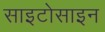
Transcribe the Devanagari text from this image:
साइटोसाइन